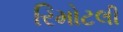
રિમોટલી